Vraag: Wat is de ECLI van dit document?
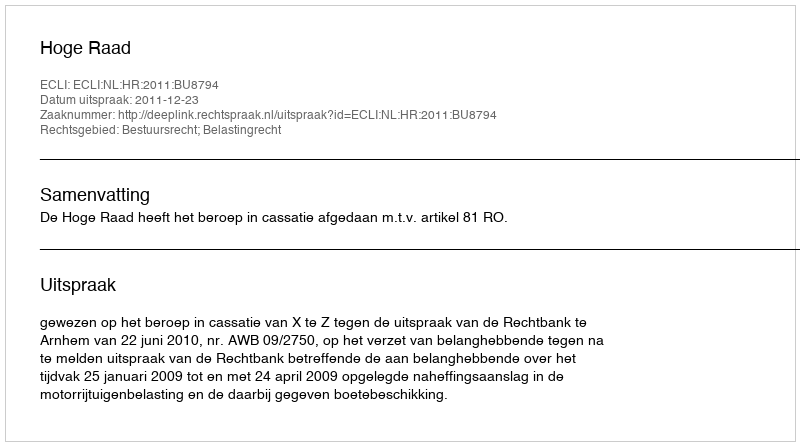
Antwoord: ECLI:NL:HR:2011:BU8794